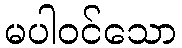
မပါဝင်သော